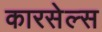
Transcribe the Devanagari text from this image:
कारसेल्स